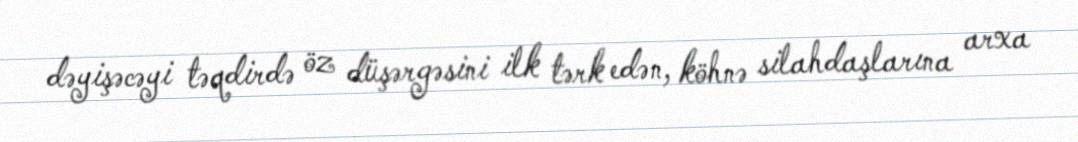
dəyişəcəyi təqdirdə öz düşərgəsini ilk tərk edən, köhnə silahdaşlarına arxa